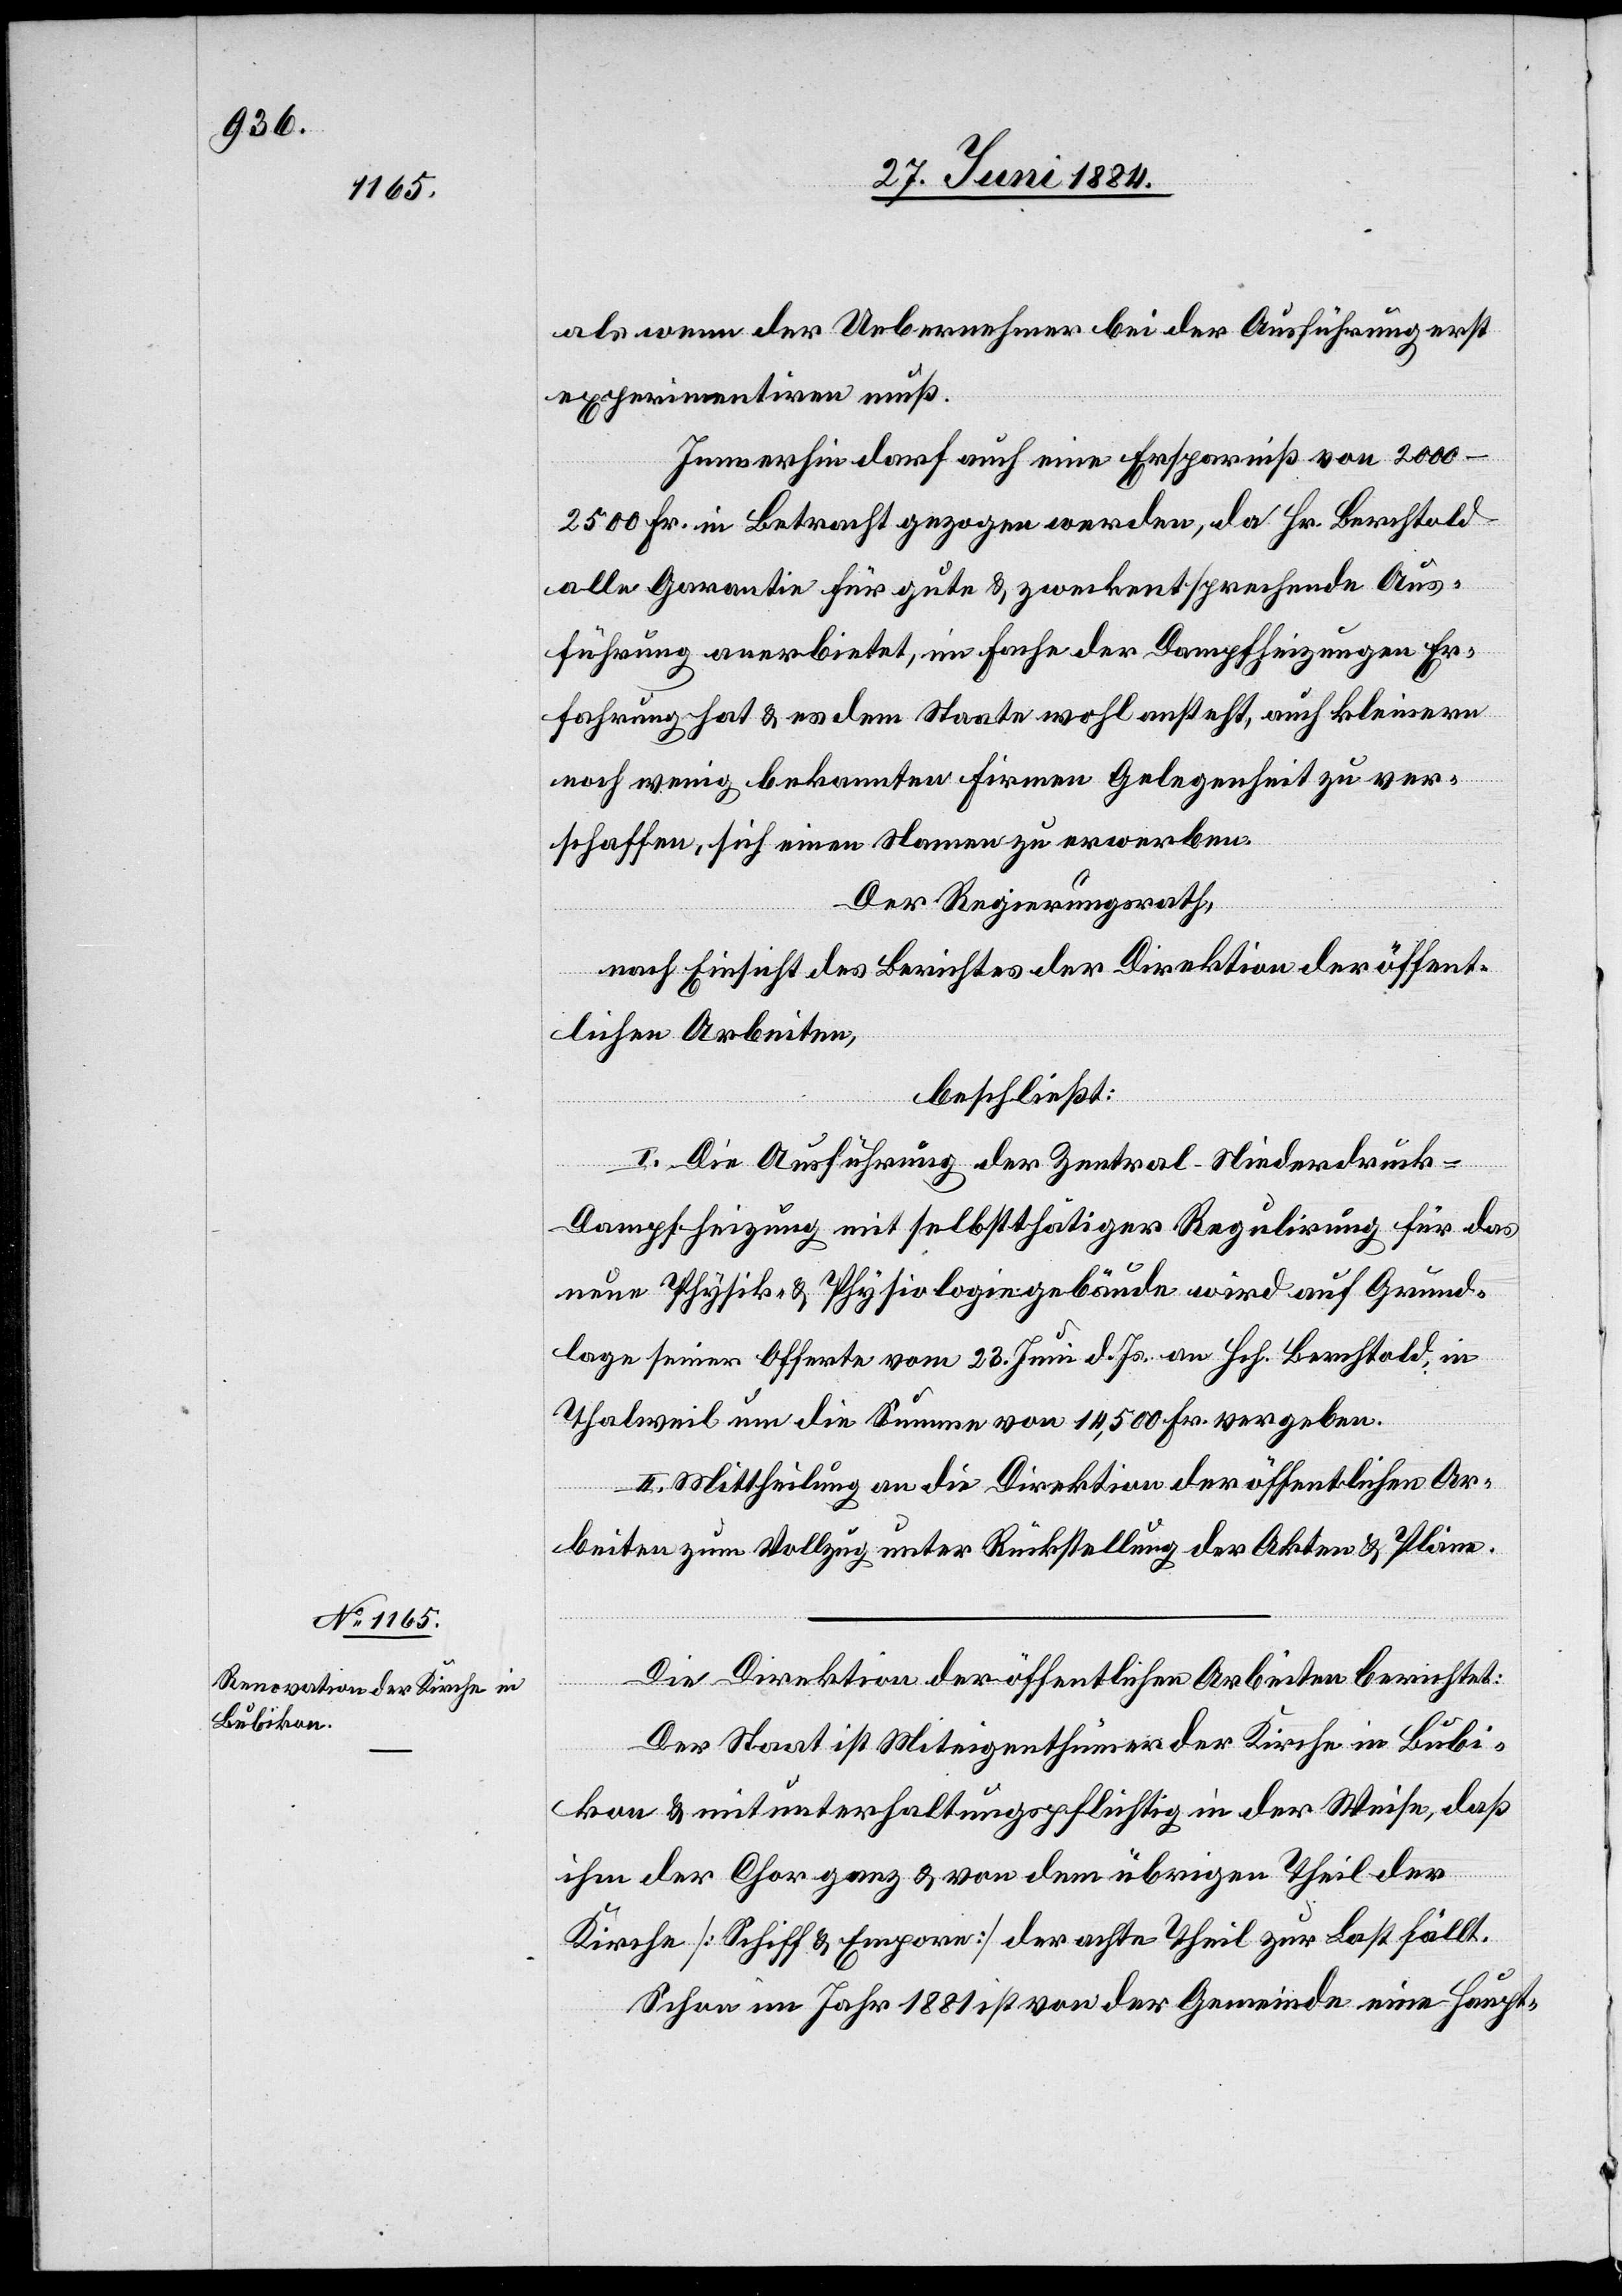
als wenn der Uebernehmer bei der Ausführung erst
experimentiren muß.
Immerhin darf auch eine Ersparniß von 2000–2500
Fr. in Betracht gezogen werde, da Hr. Berchtold
alle Garantie für gute & zweckentsprechende Aus¬
führung anerbietet, im Fache der Dampfheizungen Er¬
fahrung hat & es dem Staate wohl ansteht, auch kleinern
noch wenig bekannten Firmen Gelegenheit zu ver¬
schaffen, sich einen Namen zu erwerben.
Der Regierungsrath,
nach Einsicht des Berichtes der Direktion der öffent¬
lichen Arbeiten,
beschließt:
I. Die Ausführung der Zentral-Niederdruck-D¬
ampfheizung mit selbstthätiger Regulirung für das
neue Physik- & Physiologiegebäude wird auf Grund¬
lage seiner Offerte vom 23. Juni d. Js. an Hch. Berthold in
Thalweil um die Summe von 14,500 Fr. vergeben.
II. Mittheilung an die Direktion der öffentlichen Ar¬
beiten zum Vollzug unter Rückstellung der Akten & Pläne.
Die Direktion der öffentlichen Arbeiten berichtet:
Der Staat ist Miteigenthümer der Kirche in Bubi¬
kon & mitunterhaltungspflichtig in der Weise, daß
ihm der Chor ganz & von dem übrigen Theil der
Kirche [Schiff & Empore] der achte Theil zur Last fällt.
Schon im Jahr 1881 ist von der Gemeinde eine Haupt-